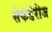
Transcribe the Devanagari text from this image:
सेकंडेरीज